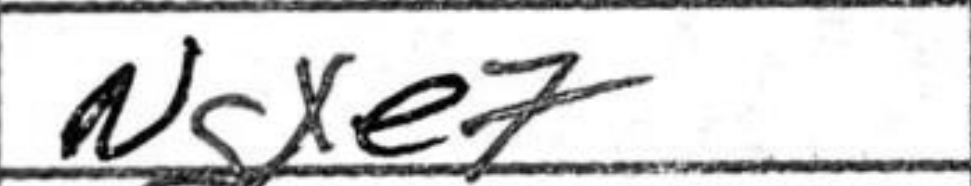
Transcription: Ngxe7